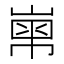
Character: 𡻾